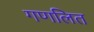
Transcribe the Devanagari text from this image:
गणलित